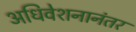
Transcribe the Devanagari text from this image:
अधिवेशनानंतर